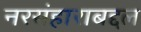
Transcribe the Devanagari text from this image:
नरसंहाराबद्दल